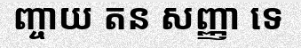
ញ្ចាយ តន សញ្ញា ទេ